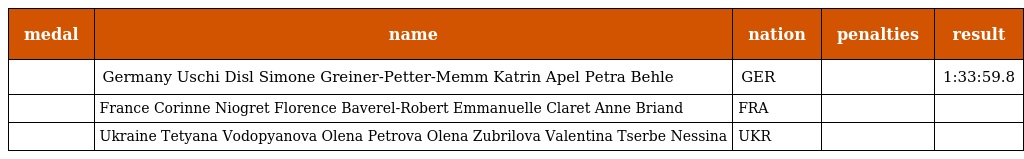
| medal | name | nation | penalties | result |
 | --- | --- | --- | --- | --- |
 |  | Germany Uschi Disl Simone Greiner-Petter-Memm Katrin Apel Petra Behle | GER |  | 1:33:59.8 |
 |  | France Corinne Niogret Florence Baverel-Robert Emmanuelle Claret Anne Briand | FRA |  |  |
 |  | Ukraine Tetyana Vodopyanova Olena Petrova Olena Zubrilova Valentina Tserbe Nessina | UKR |  |  |